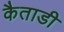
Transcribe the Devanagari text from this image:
कैताडी